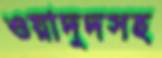
ওয়াদুদসহ